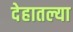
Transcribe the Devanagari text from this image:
देहातल्या